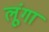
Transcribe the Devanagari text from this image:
लूूंगा